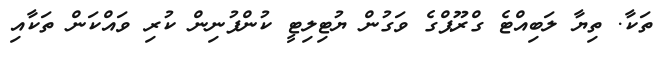
ތަކާ. ތިޔާ ލަބިއްޓެ ގްރޫޕްގެ ވަގުން ޔުޓިލިޓީ ކުންފުނިން ކުރި ވައްކަން ތަކާއި